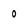
Character: 0